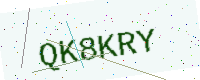
Text: QK8KRY